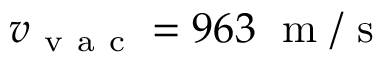
v _ { \mathrm { ~ v ~ a ~ c ~ } } = 9 6 3 \; \mathrm { ~ m ~ } / \mathrm { ~ s ~ }